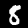
Label: 8